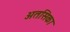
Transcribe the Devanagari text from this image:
अतसिका